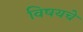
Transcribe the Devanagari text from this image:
विषयचे